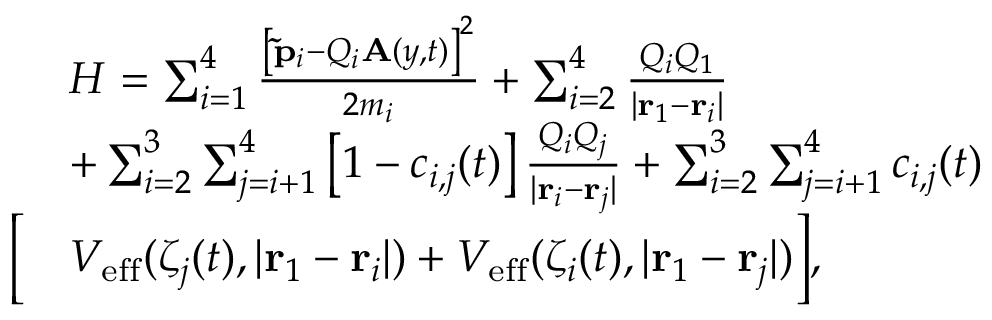
\begin{array} { r l } & { H = \sum _ { i = 1 } ^ { 4 } \frac { \left[ \mathbf { \tilde { p } } _ { i } - Q _ { i } \mathbf { A } ( y , t ) \right] ^ { 2 } } { 2 m _ { i } } + \sum _ { i = 2 } ^ { 4 } \frac { Q _ { i } Q _ { 1 } } { | \mathbf { r } _ { 1 } - \mathbf { r } _ { i } | } } \\ & { + \sum _ { i = 2 } ^ { 3 } \sum _ { j = i + 1 } ^ { 4 } \left[ 1 - c _ { i , j } ( t ) \right] \frac { Q _ { i } Q _ { j } } { | \mathbf { r } _ { i } - \mathbf { r } _ { j } | } + \sum _ { i = 2 } ^ { 3 } \sum _ { j = i + 1 } ^ { 4 } c _ { i , j } ( t ) } \\ { \Big [ } & { V _ { \mathrm { e f f } } ( \zeta _ { j } ( t ) , | \mathbf { r } _ { 1 } - \mathbf { r } _ { i } | ) + V _ { \mathrm { e f f } } ( \zeta _ { i } ( t ) , | \mathbf { r } _ { 1 } - \mathbf { r } _ { j } | ) \Big ] , } \end{array}